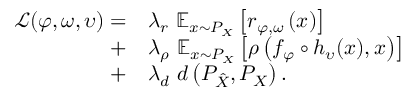
\begin{array} { r l } { \mathcal { L } ( \varphi , \omega , \upsilon ) = } & { \lambda _ { r } \mathrm { ~ } \mathbb { E } _ { x \sim P _ { X } } \left[ r _ { \varphi , \omega } \left( x \right) \right] } \\ { + } & { \lambda _ { \rho } \mathrm { ~ } \mathbb { E } _ { x \sim P _ { X } } \left[ \rho \left( f _ { \varphi } \circ h _ { \upsilon } ( x ) , x \right) \right] } \\ { + } & { \lambda _ { d } \mathrm { ~ } d \left( P _ { \hat { X } } , P _ { X } \right) . } \end{array}